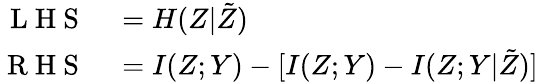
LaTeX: \begin{array}{rl}{\mathrm{~L~H~S~}}&{{}=H(Z|\tilde{Z})}\\ {\mathrm{~R~H~S~}}&{{}=I(Z;Y)-[I(Z;Y)-I(Z;Y|\tilde{Z})]}\end{array}